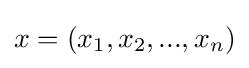
x=(x_{1},x_{2},...,x_{n})